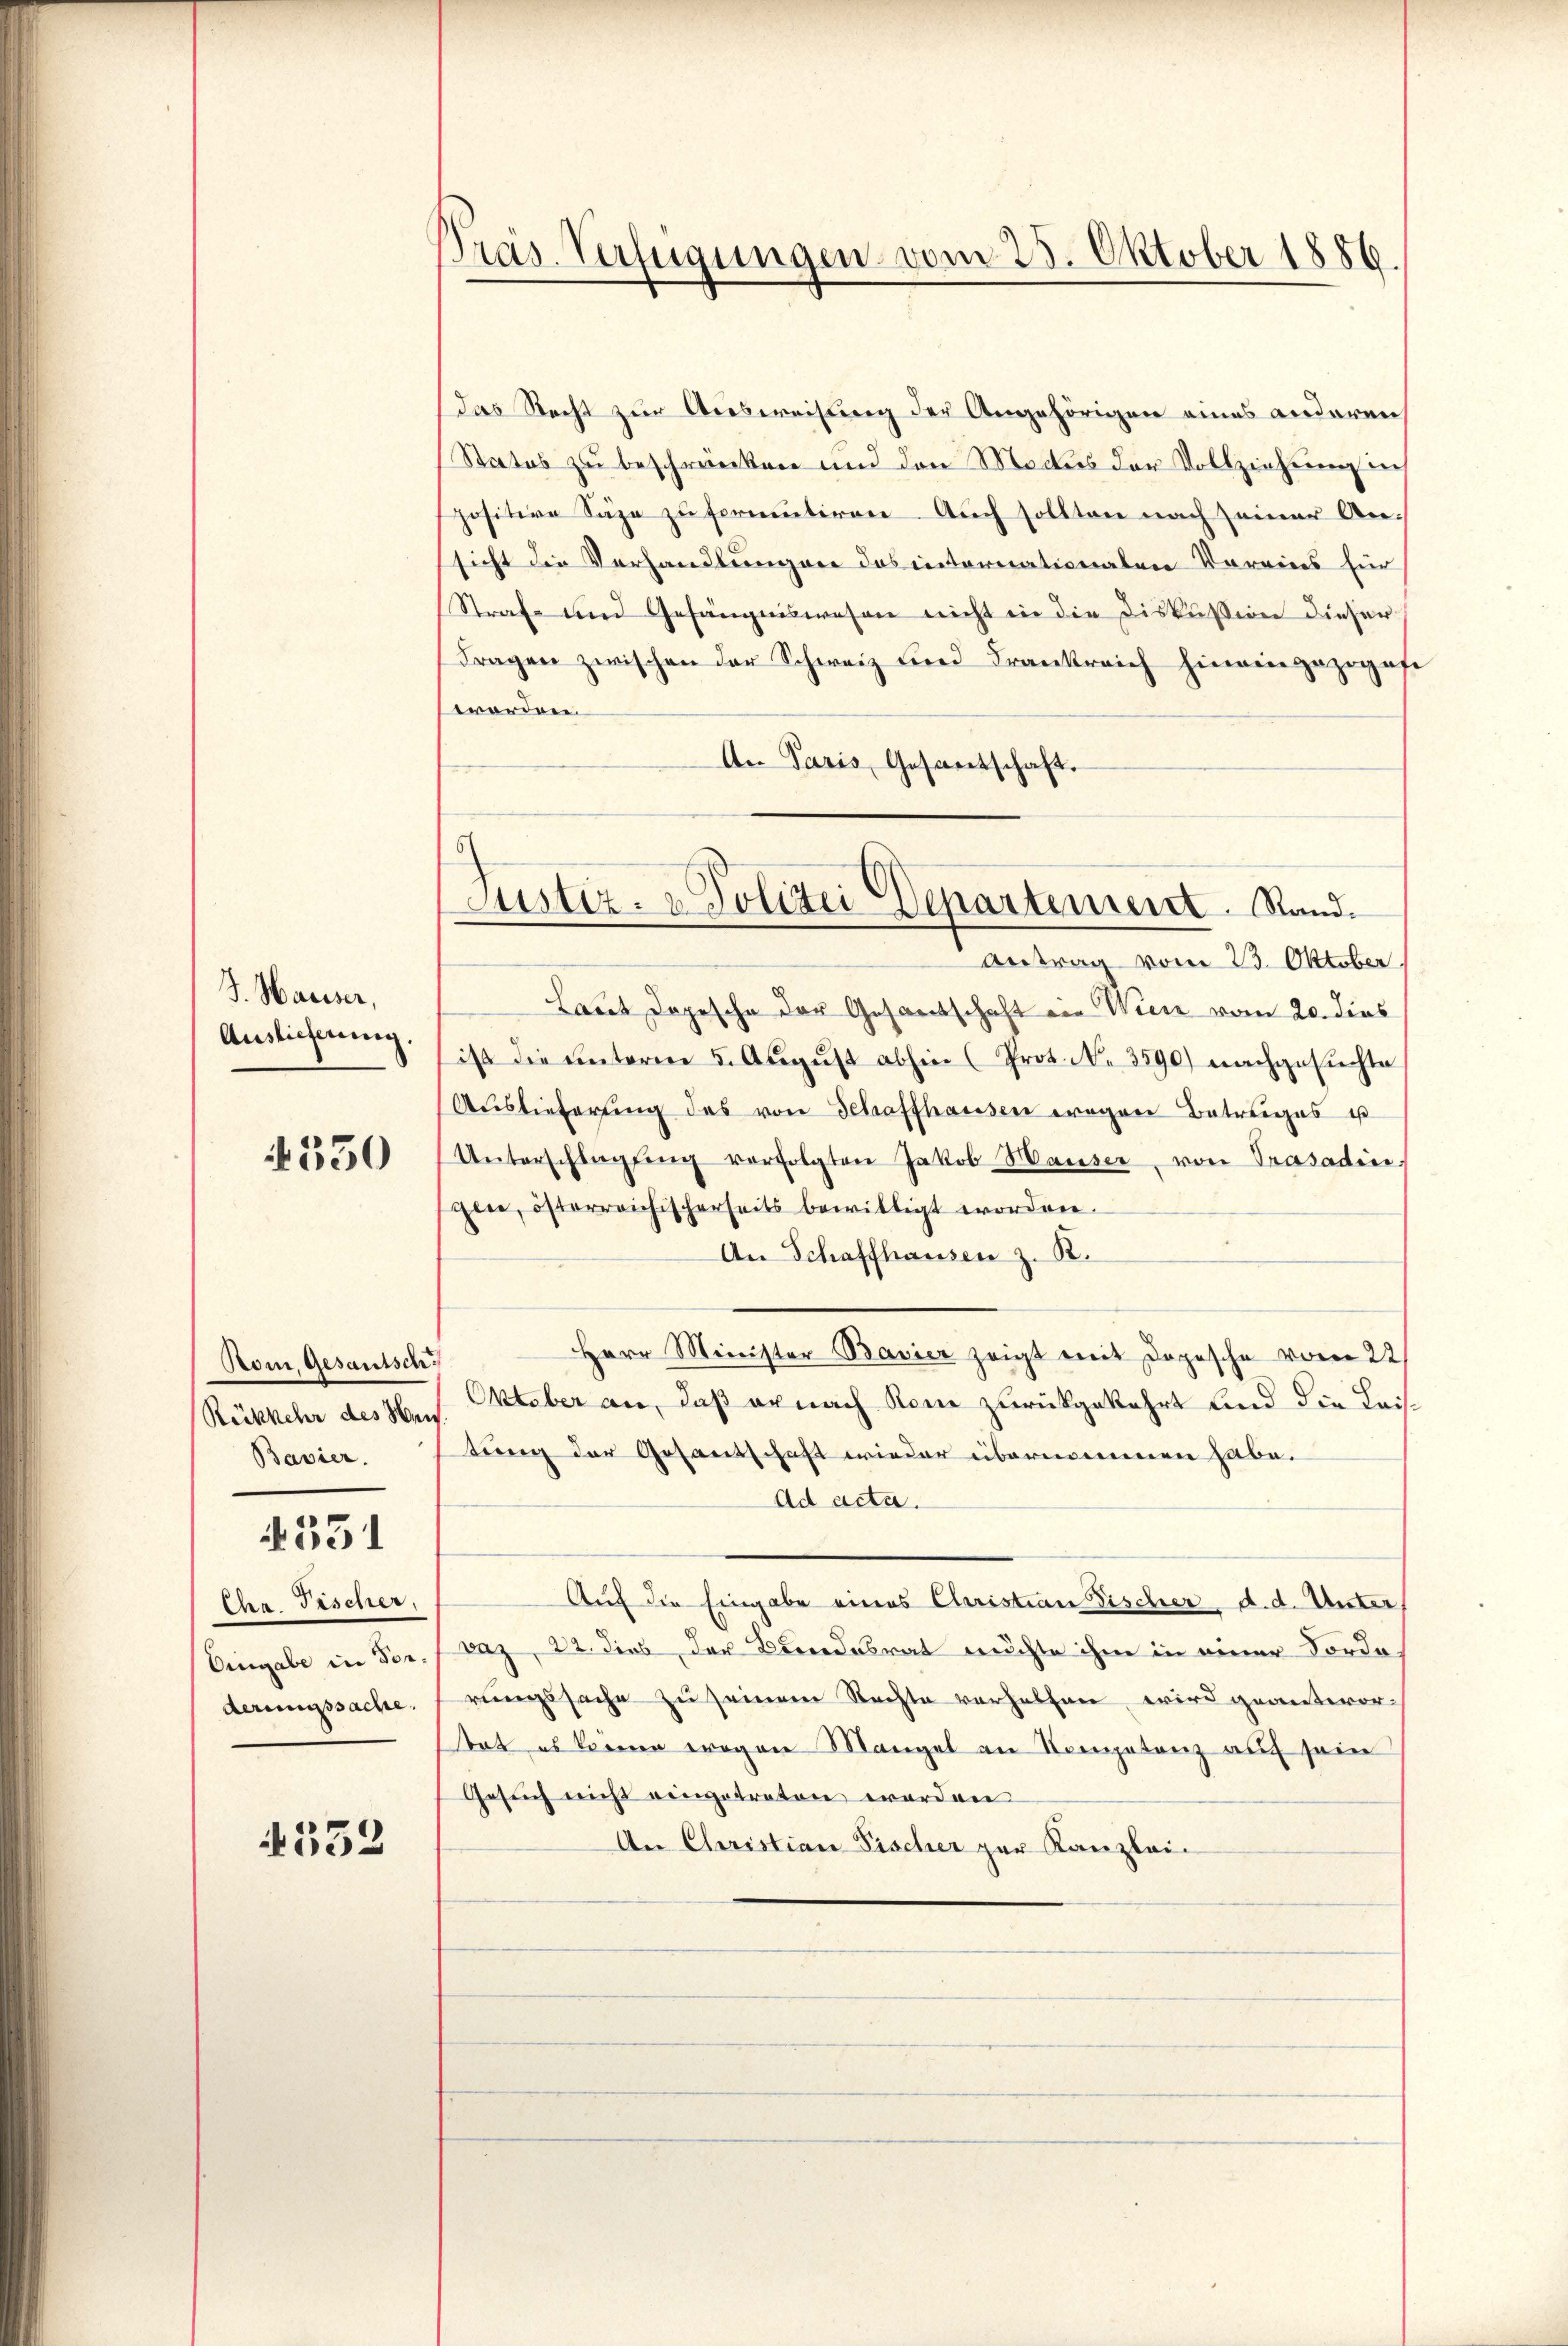
J. Hauser,
Auslieferung.

4350

Rom, Gesantsch
Rückkehr des Weis
Bavier

531

Iha Fischer,
Eingabe in Forderungssache.

352

Präs. Verfügungen vom 25. Oktober 1886.

6)
Justiz- & Polizei Departement. Stand.

das Recht zur Ausweisung der Angehörigen eines anderen
Status zu beschränken und den Modus der Vollziehung die
positive Säge zu fermutiren. Auch sollten nach seiner Ansicht die Verhandlungen das internationalen Vereines für
Straf- und Gefängniswesen nicht in die Diskussion dieser
Fragen zwischen der Schweiz und Frankreich hineingezogesi
worden.
An Paris, Gesantschaft.
Antrag vom 23. Oktober
Laut dopesche der Gesantschaft ein Wien vom 20. dies
ist die ŭnterm 5. Aŭgŭst abhin (Prot. N. 3590) nachgesuchte
Aŭslieferŭng des von Schaffhausen wegen Betreiges ist
Unterschlagung verfolgten Jakob Hauser, von Trasadingen, österreichischerseits bewilligt worden.
An Schaffhausen z. B.
Herr Minister Bavier zeigt mit Dopische vom 22
Oktober an, daß er nach kein zurückgekehrt und die Leistung der Gesandschaft wieder übernommen habe.
Ad acta.
Auf die Eingabe eines Christian Fischer, d. d. Unter
Daz, 22. dies der Bundesrat rechte ihm in einer Forde
rungssache zu seinem Rechte verhelfen wird geantwortot es könne wegen Mangel an Kompetenz auf sein
Gesuch nicht eingetreten werden
An Christian Fischer zur Kanzlei-